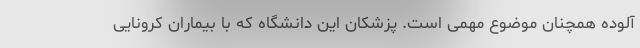
آلوده همچنان موضوع مهمی است. پزشکان این دانشگاه که با بیماران کرونایی